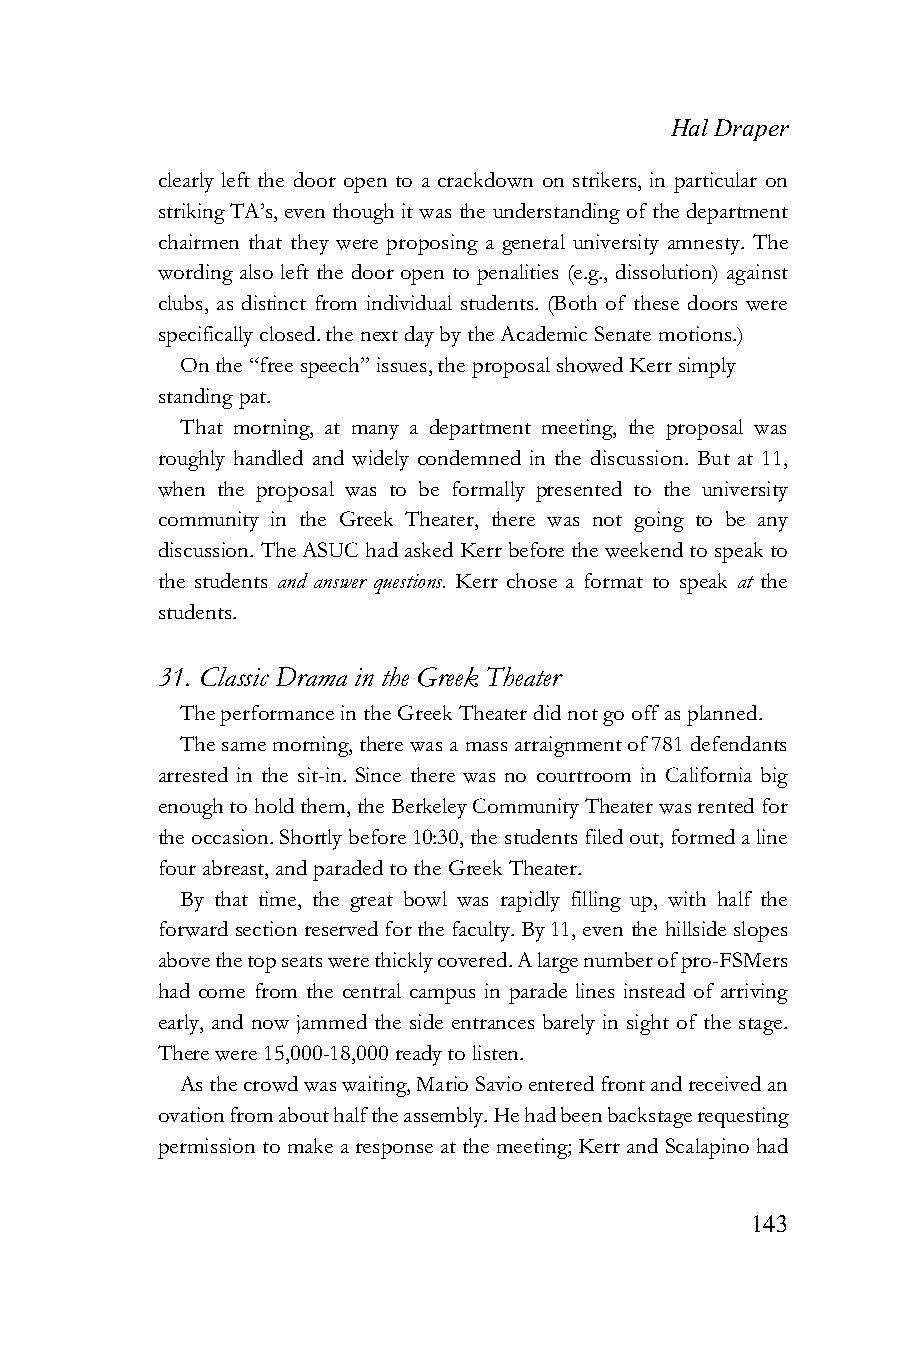
Hal Draper
 clearly left the door open to a crackdown on strikers, in particular on
 striking TA’s, even though it was the understanding of the department
 chairmen that they were proposing a general university amnesty. The
 wording also left the door open to penalities (e.g., dissolution) against
 clubs, as distinct from individual students. (Both of these doors were
 specifically closed. the next day by the Academic Senate motions.)
 On the “free speech” issues, the proposal showed Kerr simply
 standing pat.
 That morning, at many a department meeting, the proposal was
 roughly handled and widely condemned in the discussion. But at 11,
 when the proposal was to be formally presented to the university
 community in the Greek Theater, there was not going to be any
 discussion. The ASUC had asked Kerr before the weekend to speak to
 the students and answer questions. Kerr chose a format to speak at the
 students.
 31. Classic Drama in the Greek Theater
 The performance in the Greek Theater did not go off as planned.
 The same morning, there was a mass arraignment of 781 defendants
 arrested in the sit-in. Since there was no courtroom in California big
 enough to hold them, the Berkeley Community Theater was rented for
 the occasion. Shortly before 10:30, the students filed out, formed a line
 four abreast, and paraded to the Greek Theater.
 By that time, the great bowl was rapidly filling up, with half the
 forward section reserved for the faculty. By 11, even the hillside slopes
 above the top seats were thickly covered. A large number of pro-FSMers
 had come from the central campus in parade lines instead of arriving
 early, and now jammed the side entrances barely in sight of the stage.
 There were 15,000-18,000 ready to listen.
 As the crowd was waiting, Mario Savio entered front and received an
 ovation from about half the assembly. He had been backstage requesting
 permission to make a response at the meeting; Kerr and Scalapino had
 143